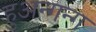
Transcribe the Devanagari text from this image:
हुअन्गन्ग